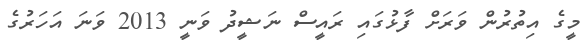
މީގެ އިތުރުން ވަރަށް ފާޅުގައި ރައީސް ނަޝީދު ވަނީ 2013 ވަނަ އަހަރުގެ